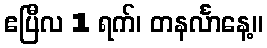
ဧပြီလ 1 ရက်၊ တနင်္လာနေ့။